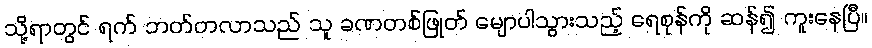
သို့ရာတွင် ရက် ဘတ်တလာသည် သူ ခဏတစ်ဖြုတ် မျောပါသွားသည့် ရေစုန်ကို ဆန်၍ ကူးနေပြီ။